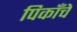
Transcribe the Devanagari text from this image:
पिकाँचे